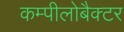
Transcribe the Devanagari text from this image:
कम्पीलोबैक्टर